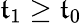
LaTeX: \mathfrak{t}_{1}\geq\mathfrak{t}_{0}